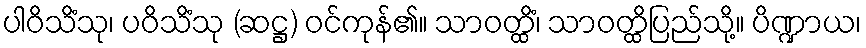
ပါဝိသိံသု၊ ပဝိသိံသု (ဆဋ္ဌ) ဝင်ကုန်၏။ သာဝတ္ထိံ၊ သာဝတ္ထိပြည်သို့။ ပိဏ္ဍာယ၊